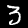
Label: 3